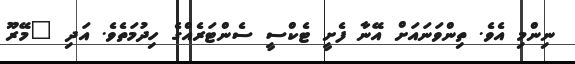
ނިންމި އެވެ. ތިންވަނައަށް އޭނާ ފެށީ ޓެކްސީ ސެންޓަރެއްގެ ހިދުމަތެވެ. އަދި "މޭރޫ